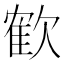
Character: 𣤇